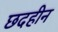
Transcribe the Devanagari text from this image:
छदहीन